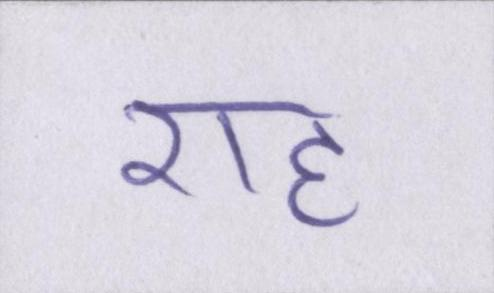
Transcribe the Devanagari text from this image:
राह